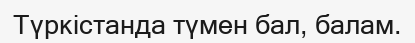
Түркістанда түмен бал, балам.